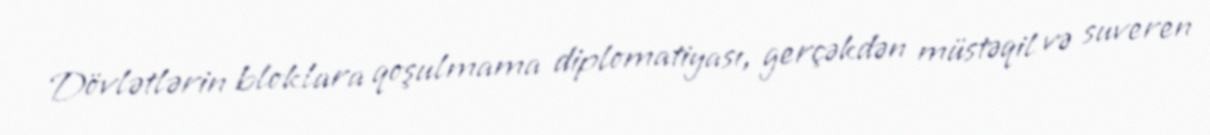
Dövlətlərin bloklara qoşulmama diplomatiyası, gerçəkdən müstəqil və suveren